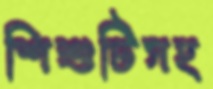
শিশুটিসহ